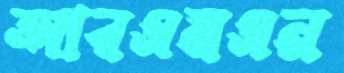
আরএমএন